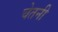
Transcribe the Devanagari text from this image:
चेतनी